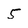
Character: 5